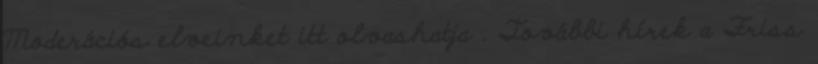
Moderációs elveinket itt olvashatja . További hírek a Friss